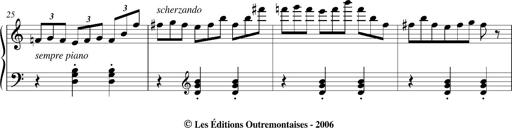
Title: Bagatelle sans tonalitÃ©
Composer: Franz Liszt